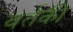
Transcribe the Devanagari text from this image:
वर्तकी